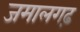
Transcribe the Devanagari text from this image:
जमालगढ़